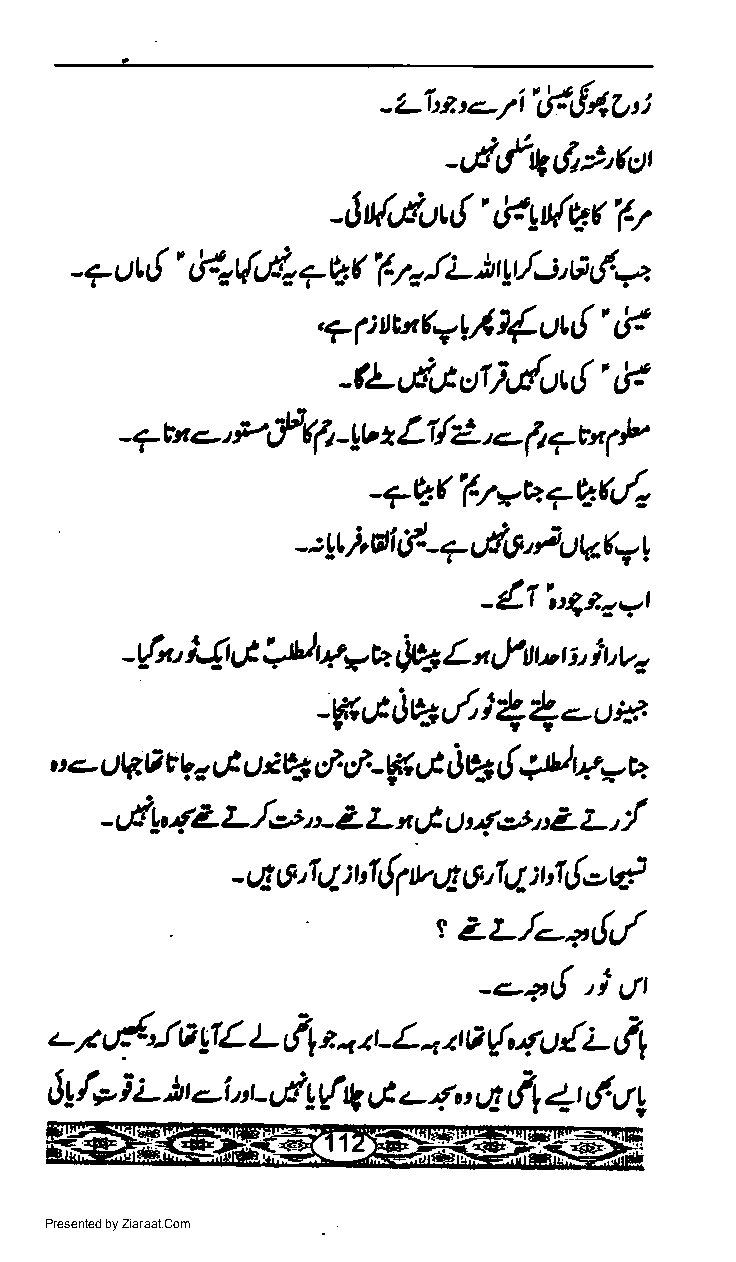
-Z|rar.-7i'1ffl7rr:
 _,,i,f,t€,>ro,
 0
 -6(,,su,!',fa{vr
 {'                lL
 - ? L) L tfct{,l" 7 Qt l'7r )r y-l-:' 6 &,-,,. .
 ,a1nut7tll{ur{.F
 -Lvdtfoti,.4t{'rl
 -au  e' fif fi -y' z L1/2, e- (t 7un P
 1
 _+V.( |wc++V(o
 j,ig
 - :9t )al d- - 7 A) Vr, t
 -41i4zowt
 -{a' i{t 6 !.il tp=U fu L,4!ur- -, it vo
 r
 -WtriJw9tri41-ux
 t
 .' ?- OVA, iE u 2P",:1. -Y,,t JW 4!u:.
 V <                  4,
 =ra
 g,      y'
 -.)lL, 4Z L,f,=,,- 2 L x gt g yr. I 2 y.,
 -q6,1qfi{1vq6,111fi{-d
 .
 ZL./--4{,,{
 s
 --a1!
 'i
 urt
 L /.g{'JA   L L   t. t L          { L (1
 !1    rl1   -  n tr A {,'r. ()
 t.-i,,t,A{
 6! 1,, i L )        tr rl - 4 rE,ft +t,y' 4
 ",
 Presented by Ziaraat.Com